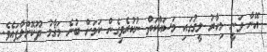
އޭނާ ވަނީ މިހާރު ލީގުގައި މަސައްކަތް ނުކުރެވިގެން ކަމަށް ބުނެ މަޤާމު ދޫކޮށްލާފައެވެ.